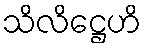
သိလိဋ္ဌေဟိ